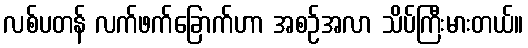
လစ်ပတန် လက်ဖက်ခြောက်ဟာ အစဉ်အလာ သိပ်ကြီးမားတယ်။